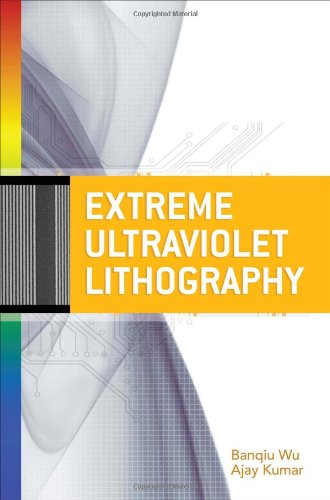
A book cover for Extreme Ultraviolet Lithography; Banqiu Wu; Arts & Photography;